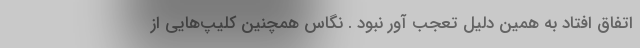
اتفاق افتاد به همین دلیل تعجب آور نبود . نگاس همچنین کلیپ‌هایی از